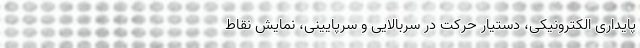
پایداری الکترونیکی، دستیار حرکت در سربالایی و سرپایینی، نمایش نقاط